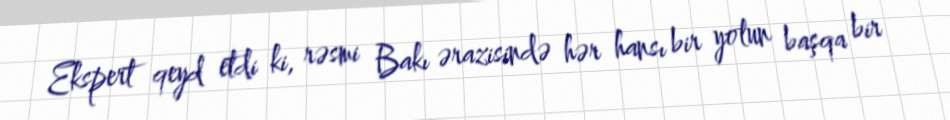
Ekspert qeyd etdi ki, rəsmi Bakı ərazisində hər hansı bir yolun başqa bir